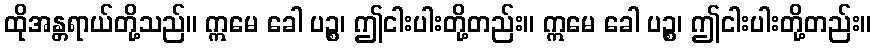
ထိုအန္တရာယ်တို့သည်။ ဣမေ ခေါ ပဉ္စ၊ ဤငါးပါးတို့တည်း။ ဣမေ ခေါ ပဉ္စ၊ ဤငါးပါးတို့တည်း။